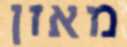
מאזן